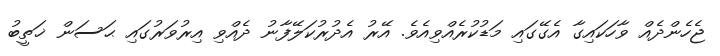
ޖެހެންދެއް ވާހަކައިގާ އެގޭގައި މަޑުކުރެއްވިއެވެ. އޭރު އެދުރުކަލޭފާނު ދެއްވި އިރުވަރުގައި ޙަސަން ޚަތީބު